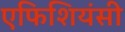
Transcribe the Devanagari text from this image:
एफिशियंसी